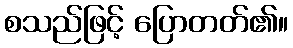
စသည်ဖြင့် ပြောတတ်၏။